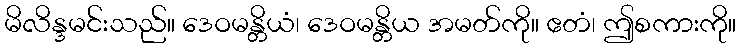
မိလိန္ဒမင်းသည်။ ဒေဝမန္တိယံ၊ ဒေဝမန္တိယ အမတ်ကို။ ဧတံ၊ ဤစကားကို။